Lunatic asylums Bombay report 1891-1903 - 1891-1903
Year: 1891
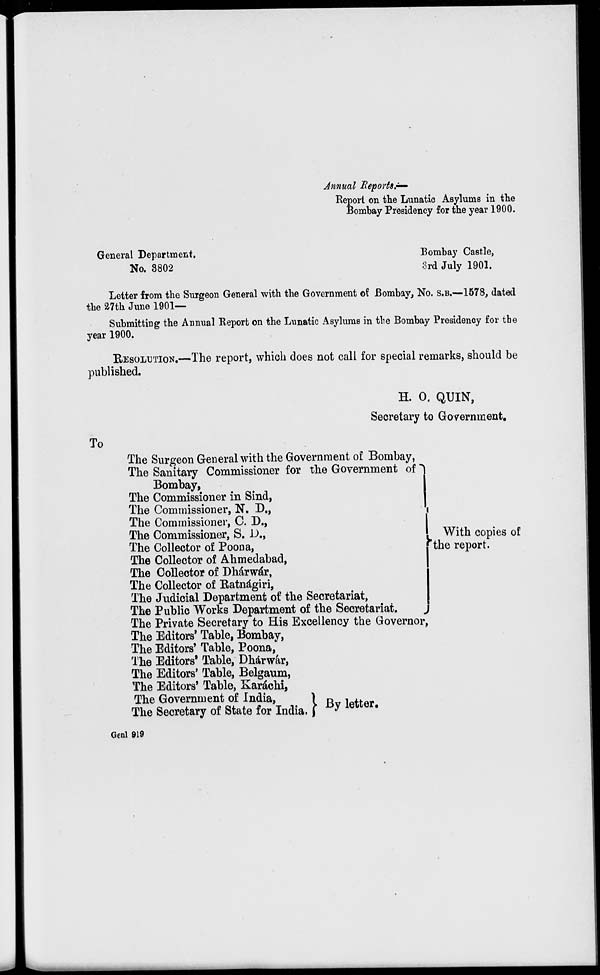
Annual Reports.—
Report on the Lunatic Asylums in the
Bombay Presidency for the year 1900.
General Department.
Bombay Castle,
No.
3802
3rd July 1901.
Letter from the Surgeon General with the Government of Bombay, No. S.B.—1578, dated
the 27th June 1901—
Submitting the Annual Report on the Lunatic Asylums in the Bombay Presidency for the
year 1900.
RESOLUTION.—The report, which does not call for special remarks, should be
published.
H. O. QUIN,
Secretary to Government.
To
The Surgeon General with the Government of Bombay,
The Sanitary Commissioner for the Government of
Bombay,
The Commissioner in Sind,
The Commissioner, N. D.,
The Commissioner, C. D.,
The Commissioner, S. D.,
The Collector of Poona,
The Collector of Ahmedabad,
The Collector of Dhárwár.
The Collector of Ratnágiri,
The Judicial Department of the Secretariat,
The Public Works Department of the Secretariat,
The Private Secretary to His Excellency the Governor,
The Editors' Table, Bombay,
The Editors' Table, Poona,
The Editors' Table, Dhárwár,
The Editors' Table, Belgaum,
The Editors' Table, Karáchi,
The Government of India,
The Secretary of State for India.
With copies of
the report.
By letter.
Genl 919